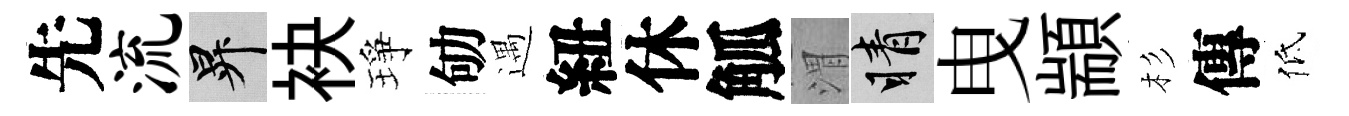
先流升袂琤劬遇紐休觚渭睛曳顓杉傳低